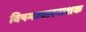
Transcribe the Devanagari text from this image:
विषमज्वारनाशक